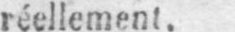
réellement.